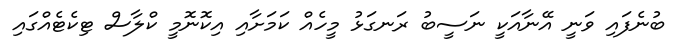
ބުނެފައި ވަނީ އޭނާއަކީ ނަސީބު ރަނގަޅު މީހެއް ކަމަށާއި އިކޮނޮމީ ކްލާސް ޓިކެޓެއްގައި